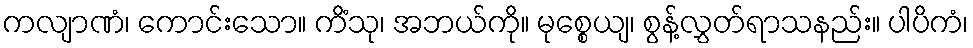
ကလျာဏံ၊ ကောင်းသော။ ကိံသု၊ အဘယ်ကို။ မုစ္စေယျ၊ စွန့်လွှတ်ရာသနည်း။ ပါပိကံ၊